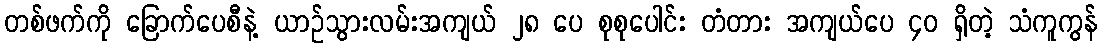
တစ်ဖက်ကို ခြောက်ပေစီနဲ့ ယာဉ်သွားလမ်းအကျယ် ၂၈ ပေ စုစုပေါင်း တံတား အကျယ်ပေ ၄၀ ရှိတဲ့ သံကူကွန်